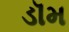
ડૉમ